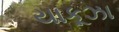
યાકૂઝા